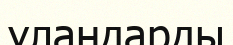
ұландарды